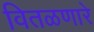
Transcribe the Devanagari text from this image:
वितळणारे